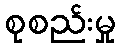
စုစည်းမှု